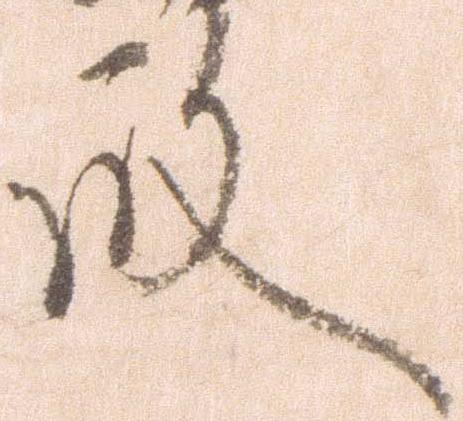
殿